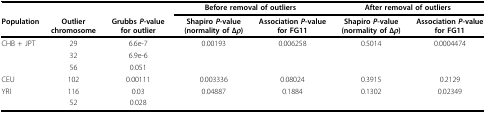
<table><thead><tr><td></td><td></td><td></td><td colspan="2"><b>Before removal of outliers</b></td><td colspan="2"><b>After removal of outliers</b></td></tr><tr><td><b>Population</b></td><td><b>Outlier chromosome</b></td><td><b>Grubbs <i>P</i>-value for outlier</b></td><td><b>Shapiro <i>P</i>-value (normality of Δ<i>ρ</i>)</b></td><td><b>Association <i>P</i>-value for FG11</b></td><td><b>Shapiro <i>P</i>-value (normality of Δ<i>ρ</i>)</b></td><td><b>Association <i>P</i>-value for FG11</b></td></tr></thead><tbody><tr><td>CHB + JPT</td><td>29</td><td>6.6e-7</td><td>0.00193</td><td>0.006258</td><td>0.5014</td><td>0.0004474</td></tr><tr><td></td><td>32</td><td>6.9e-6</td><td></td><td></td><td></td><td></td></tr><tr><td></td><td>56</td><td>0.051</td><td></td><td></td><td></td><td></td></tr><tr><td>CEU</td><td>102</td><td>0.00111</td><td>0.003336</td><td>0.08024</td><td>0.3915</td><td>0.2129</td></tr><tr><td>YRI</td><td>116</td><td>0.03</td><td>0.04887</td><td>0.1884</td><td>0.1302</td><td>0.02349</td></tr><tr><td></td><td>52</td><td>0.028</td><td></td><td></td><td></td><td></td></tr></tbody></table>